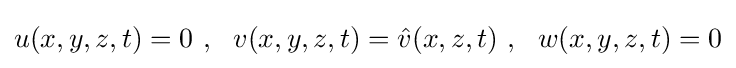
u(x,y,z,t)=0~,~~v(x,y,z,t)={\hat {v}}(x,z,t)~,~~w(x,y,z,t)=0